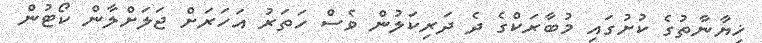
ޚިޔާނާތުގެ ކުށުގައި މުބާރަކްގެ ދެ ދަރިކަލުން ވެސް ހަތަރު އަހަރަށް ޖަލަށްލާން ކޯޓުން